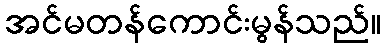
အင်မတန်ကောင်းမွန်သည်။